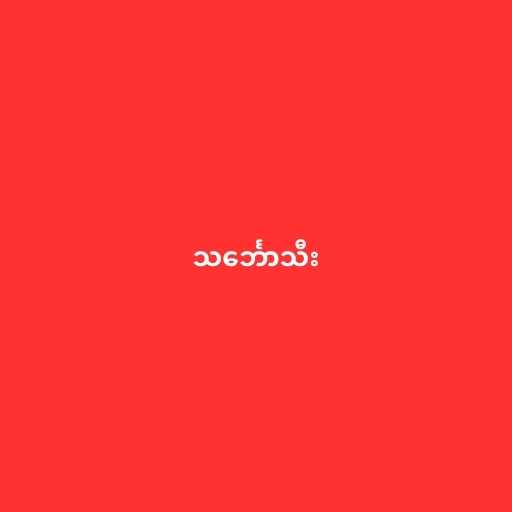
သင်္ဘောသီး